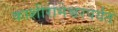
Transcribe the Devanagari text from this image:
काशीरामेश्वरपर्यंत